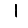
Digit: 1